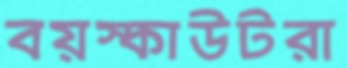
বয়স্কাউটরা